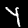
Digit: 4